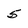
Character: 5